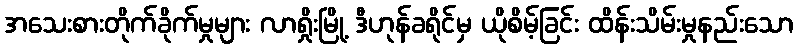
အသေးစားတိုက်ခိုက်မှုများ လာရှိုးမြို့ ဒီဟုန်ခရိုင်မှ ယိုစိမ့်ခြင်း ထိန်းသိမ်းမှုနည်းသော